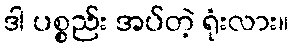
ဒါ ပစ္စည်း အပ်တဲ့ ရုံးလား။